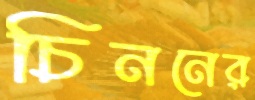
চিননের